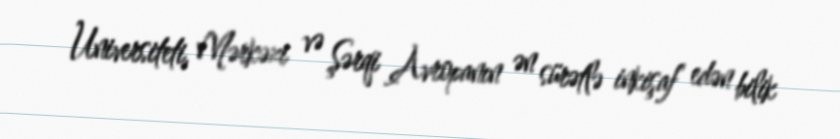
Universiteti, Mərkəzi və Şərqi Avropanın ən sürətlə inkişaf edən bilik